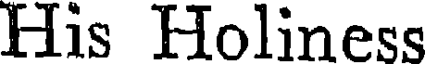
His Holiness